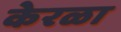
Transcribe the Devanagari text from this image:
केरळा